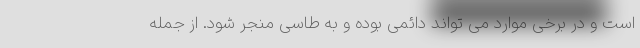
است و در برخی موارد می تواند دائمی بوده و به طاسی منجر شود. از جمله